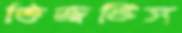
ভিজতিস